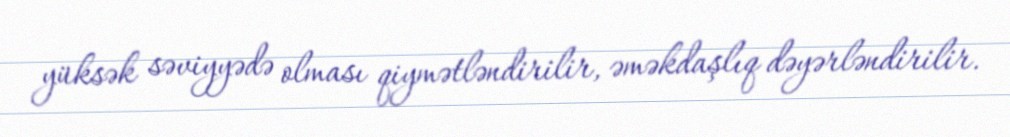
yüksək səviyyədə olması qiymətləndirilir, əməkdaşlıq dəyərləndirilir.